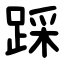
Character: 踩